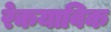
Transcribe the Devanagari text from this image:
रेकयाविक